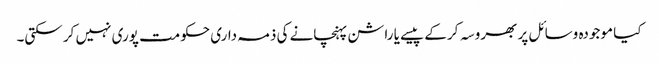
کیا موجودہ وسائل پر بھروسہ کر کے پیسے یا راشن پہنچانے کی ذمہ داری حکومت پوری نہیں کر سکتی۔